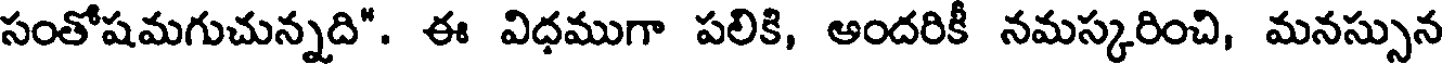
సంతోషమగుచున్నది". ఈ విధముగా పలికి, ఆందరికీ నమస్కరించి, మనస్సున